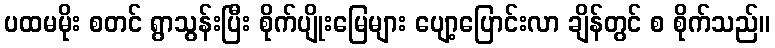
ပထမမိုး စတင် ရွာသွန်းပြီး စိုက်ပျိုးမြေများ ပျော့ပြောင်းလာ ချိန်တွင် စ စိုက်သည်။